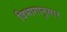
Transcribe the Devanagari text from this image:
विभागानुसार